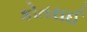
કોતરાઈ